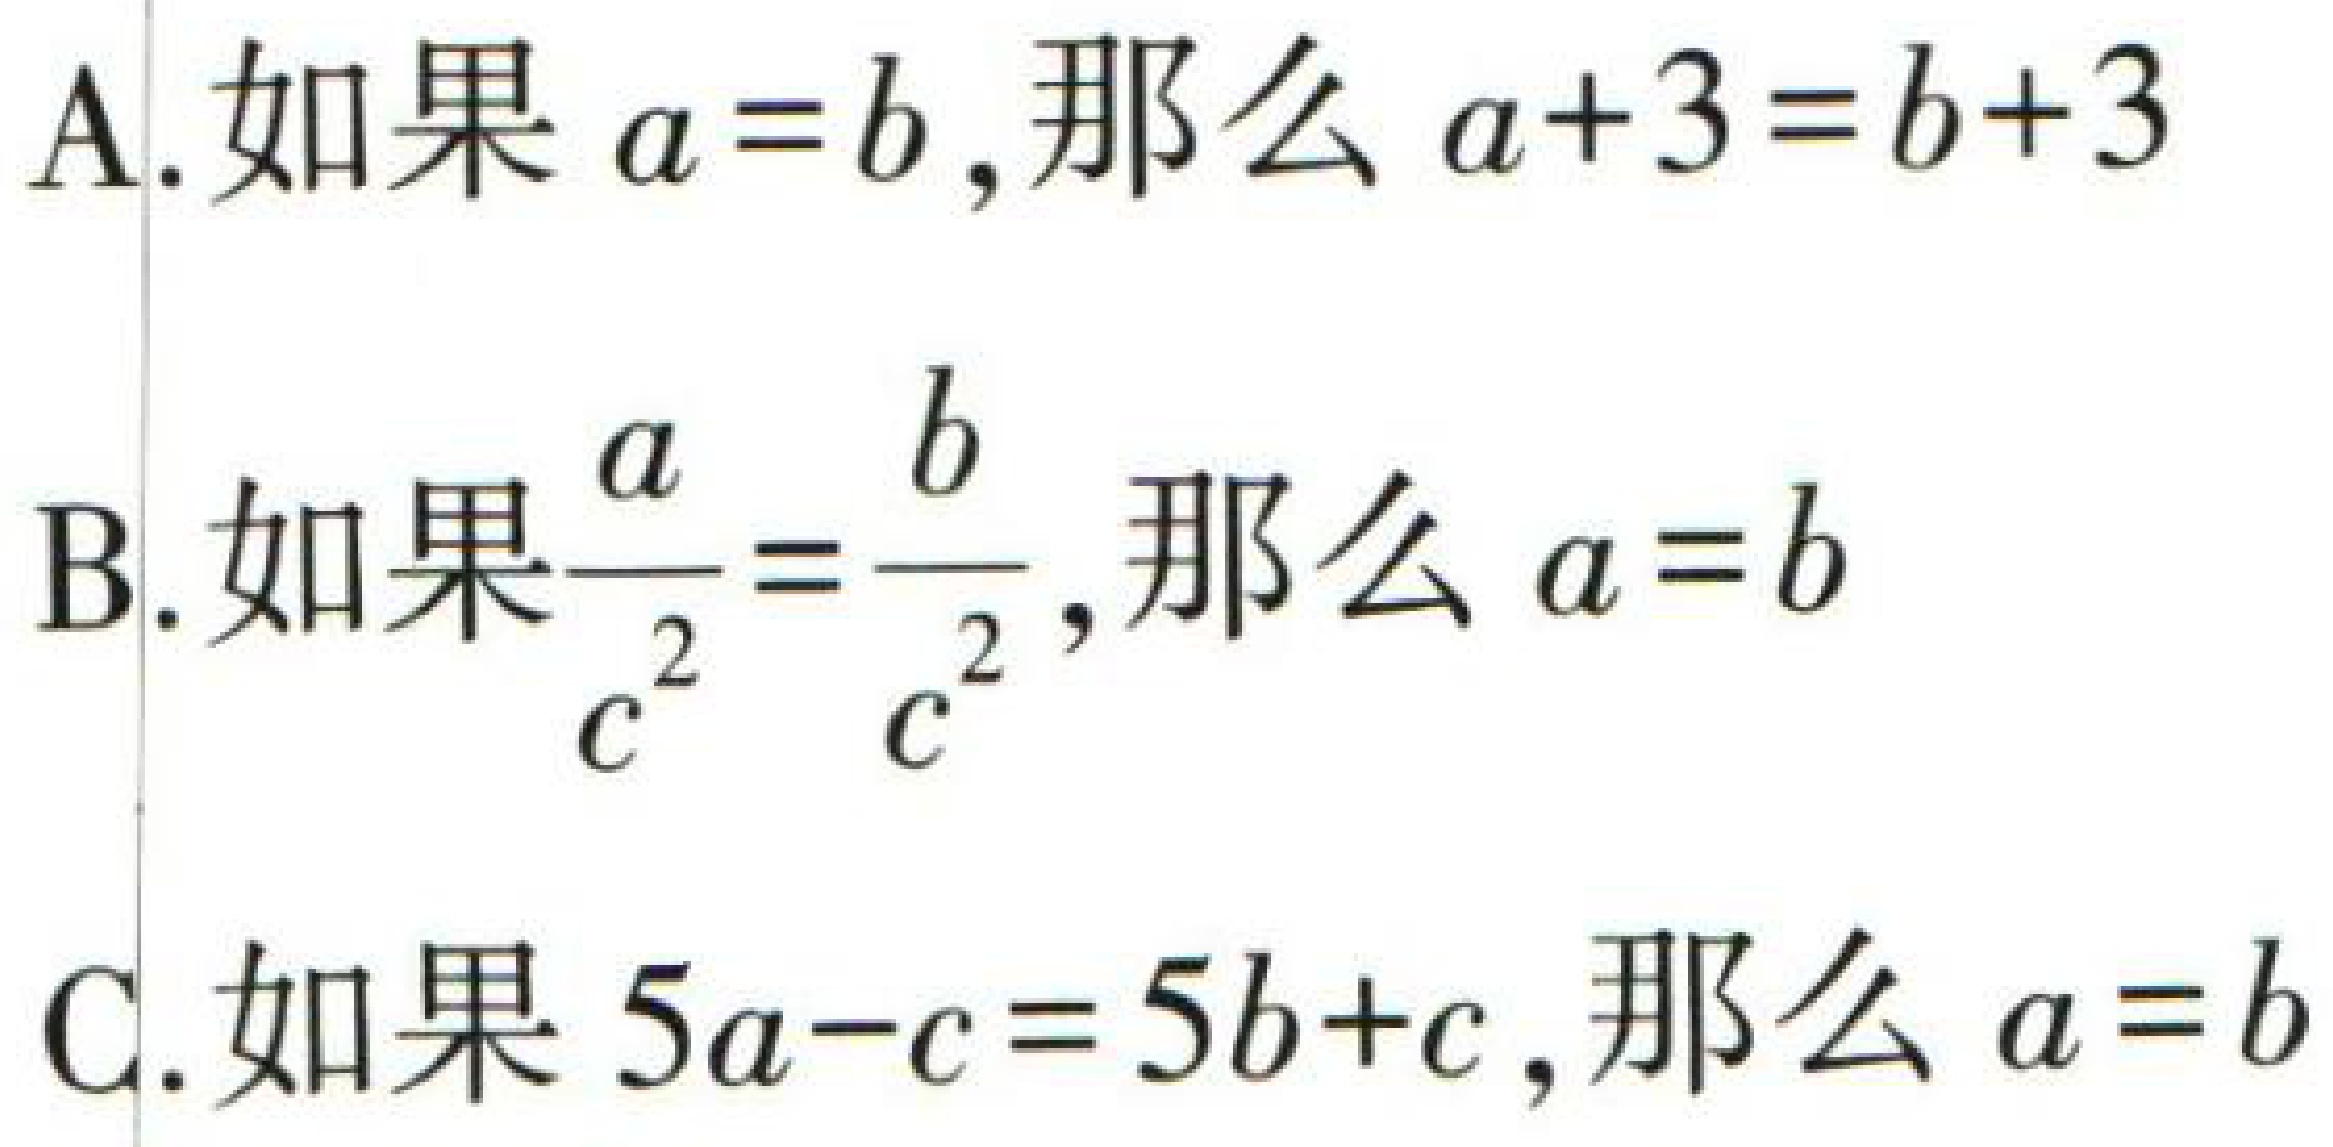
A.如果\(a = b\)，那么\(a + 3 = b + 3\)

B.如果\(\frac{a}{c^{2}}=\frac{b}{c^{2}}\)，那么\(a = b\)

C.如果\(5a - c = 5b + c\)，那么\(a = b\)